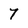
Character: 7